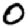
Digit: 0